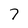
Character: 7